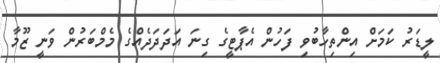
ލީޑަރު ކަމަށް އިންތިހާބުވި ފަހުން އެޕާޓީގެ ގިނަ އަދަދަދެއްގެ މެމްބަރުން ވަނީ ޒޫމާ